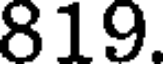
819.